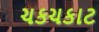
ચકચકાટ